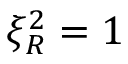
\xi _ { R } ^ { 2 } = 1